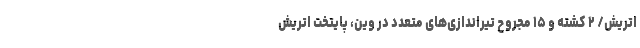
اتریش/ ۲ کشته و ۱۵ مجروح تیراندازی‌های متعدد در وین، پایتخت اتریش